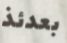
بعدئذ